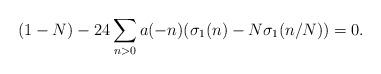
LaTeX: \begin{align*}(1-N)-24\sum_{n>0}a(-n)(\sigma_{1}(n)-N\sigma_{1}(n/N)) = 0.\end{align*}